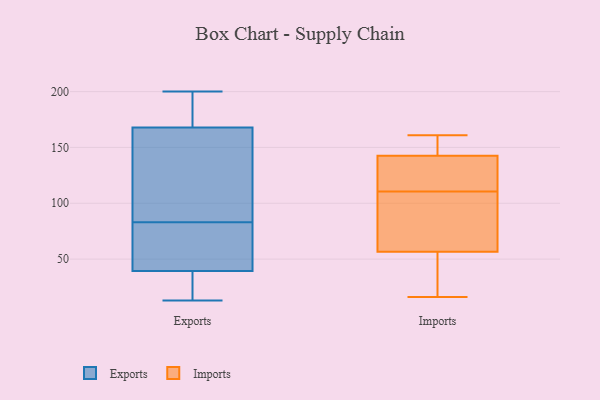
{"axis": {"x": "Production Output", "y": "Value"}, "legend": ["Exports", "Imports"], "data": [{"x": "", "y": 97, "type": "Exports"}, {"x": "", "y": 179, "type": "Exports"}, {"x": "", "y": 20, "type": "Exports"}, {"x": "", "y": 64, "type": "Exports"}, {"x": "", "y": 105, "type": "Exports"}, {"x": "", "y": 65, "type": "Exports"}, {"x": "", "y": 83, "type": "Exports"}, {"x": "", "y": 146, "type": "Exports"}, {"x": "", "y": 69, "type": "Exports"}, {"x": "", "y": 82, "type": "Exports"}, {"x": "", "y": 15, "type": "Exports"}, {"x": "", "y": 190, "type": "Exports"}, {"x": "", "y": 21, "type": "Exports"}, {"x": "", "y": 175, "type": "Exports"}, {"x": "", "y": 200, "type": "Exports"}, {"x": "", "y": 13, "type": "Exports"}, {"x": "", "y": 117, "type": "Exports"}, {"x": "", "y": 198, "type": "Exports"}, {"x": "", "y": 31, "type": "Exports"}, {"x": "", "y": 116, "type": "Imports"}, {"x": "", "y": 145, "type": "Imports"}, {"x": "", "y": 25, "type": "Imports"}, {"x": "", "y": 161, "type": "Imports"}, {"x": "", "y": 17, "type": "Imports"}, {"x": "", "y": 104, "type": "Imports"}, {"x": "", "y": 107, "type": "Imports"}, {"x": "", "y": 68, "type": "Imports"}, {"x": "", "y": 153, "type": "Imports"}, {"x": "", "y": 156, "type": "Imports"}, {"x": "", "y": 128, "type": "Imports"}, {"x": "", "y": 16, "type": "Imports"}, {"x": "", "y": 45, "type": "Imports"}, {"x": "", "y": 95, "type": "Imports"}, {"x": "", "y": 140, "type": "Imports"}, {"x": "", "y": 114, "type": "Imports"}]}